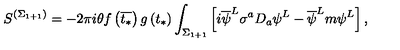
S ^ { \left( \Sigma _ { 1 + 1 } \right) } = - 2 \pi i \theta f \left( \overline { { t _ { * } } } \right) g \left( t _ { * } \right) \int _ { \Sigma _ { 1 + 1 } } \left[ i \overline { { \psi } } ^ { L } \sigma ^ { a } D _ { a } \psi ^ { L } - \overline { { \psi } } ^ { L } m \psi ^ { L } \right] ,